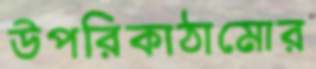
উপরিকাঠামোর